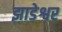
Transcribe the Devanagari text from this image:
झाडेश्वर